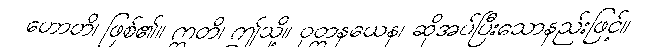
ဟောတိ၊ ဖြစ်၏။ ဣတိ၊ ဤသို့။ ဝုတ္တနယေန၊ ဆိုအပ်ပြီးသောနည်းဖြင့်။